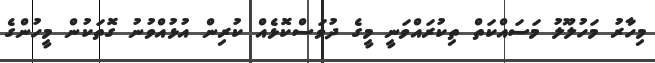
މިހާރު މަހުލޫލު މަސައްކަތް ތިކުރައްވަނީ މީގެ ދުވަސްކޮޅެއް ކުރިން އުޅުއްވުނު ގޮތަކުން މީހުންގެ